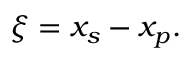
\xi = x _ { s } - x _ { p } .